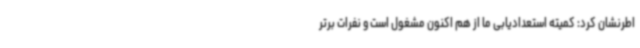
اطرنشان کرد: کمیته استعدادیابی ما از هم اکنون مشغول است و نفرات برتر